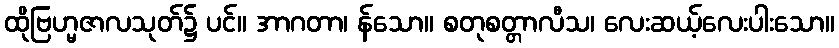
ထိုဗြဟ္မဇာလသုတ်၌ ပင်။ အာဂတာ၊ န်သော။ စတုစတ္တာလီသ၊ လေးဆယ့်လေးပါးသော။